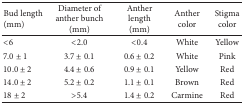
<table><thead><tr><td><b>Bud length (mm)</b></td><td><b>Diameter of anther bunch (mm)</b></td><td><b>Anther length (mm)</b></td><td><b>Anther color</b></td><td><b>Stigma color</b></td></tr></thead><tbody><tr><td>&lt;6</td><td>&lt;2.0</td><td>&lt;0.4</td><td>White </td><td>Yellow </td></tr><tr><td>7.0 ± 1</td><td>3.7 ± 0.1</td><td>0.6 ± 0.2</td><td>White </td><td>Pink </td></tr><tr><td>10.0 ± 2</td><td>4.4 ± 0.6</td><td>0.9 ± 0.1</td><td>Yellow </td><td>Red</td></tr><tr><td>14.0 ± 2</td><td>5.2 ± 0.2</td><td>1.1 ± 0.1</td><td>Brown </td><td>Red</td></tr><tr><td>18 ± 2</td><td>&gt;5.4</td><td>1.4 ± 0.2</td><td>Carmine </td><td>Red</td></tr></tbody></table>